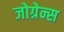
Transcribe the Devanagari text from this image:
जोग्रेन्स